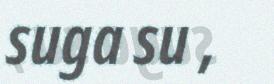
suga su ,